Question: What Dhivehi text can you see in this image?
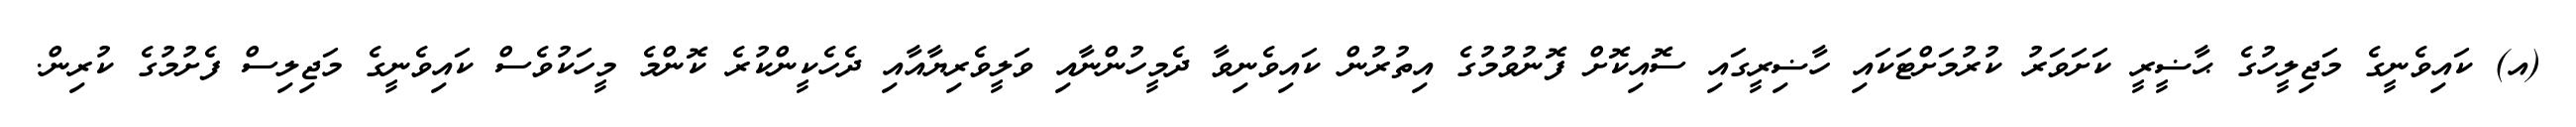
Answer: (އ) ކައިވެނީގެ މަޖިލީހުގެ ޙާޟީރީ ކަށަވަރު ކުރުމަށްޓަކައި ހާޟިރީގައި ސޮއިކޮށް ފޮނުވުމުގެ އިތުރުން ކައިވެނިވާ ދެމީހުންނާއި ވަލީވެރިޔާއާއި ދެހެކީންކުރެ ކޮންމެ މީހަކުވެސް ކައިވެނީގެ މަޖިލިސް ފެށުމުގެ ކުރިން.